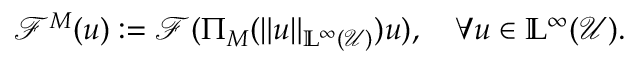
\mathcal { F } ^ { M } ( u ) : = \mathcal { F } ( \Pi _ { M } ( \Vert u \Vert _ { \mathbb { L } ^ { \infty } ( \mathcal { U } ) } ) u ) , \quad \forall u \in \mathbb { L } ^ { \infty } ( \mathcal { U } ) .